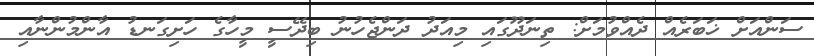
ސަންއަށް ޚަބަރެއް ދެއްވުމަށް: ތިނަދޫގައި މިއަދު ދަންޖެހުނު ބިދޭސީ މީހާގެ ހަށިގަނޑު އާންމުންނާއި